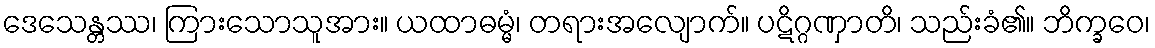
ဒေသေန္တဿ၊ ကြားသောသူအား။ ယထာဓမ္မံ၊ တရားအလျောက်။ ပဋိဂ္ဂဏှာတိ၊ သည်းခံ၏။ ဘိက္ခဝေ၊